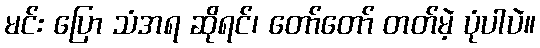
မင်း ပြော သံအရ ဆိုရင်၊ တော်တော် တတ်မဲ့ ပုံပါပဲ။